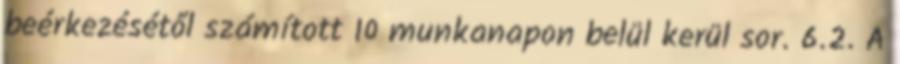
beérkezésétől számított 10 munkanapon belül kerül sor. 6.2. A